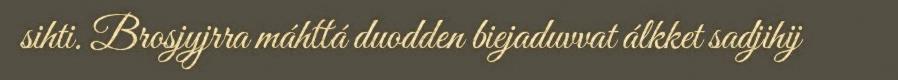
sihti. Brosjyjrra máhttá duodden biejaduvvat álkket sadjihij